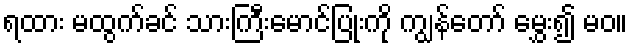
ရထား မထွက်ခင် သားကြီးမောင်ပြုံးကို ကျွန်တော် မွှေး၍ မဝ။